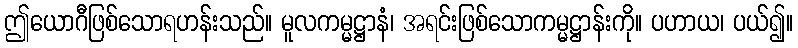
ဤယောဂီဖြစ်သောရဟန်းသည်။ မူလကမ္မဋ္ဌာနံ၊ အရင်းဖြစ်သောကမ္မဋ္ဌာန်းကို။ ပဟာယ၊ ပယ်၍။